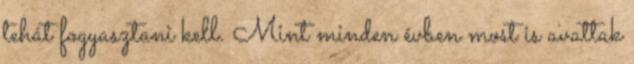
tehát fogyasztani kell. Mint minden évben most is avattak